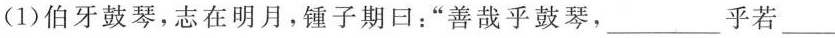
(1)伯牙鼓琴，志在明月，锤子期日：”善哉乎鼓琴，___乎若___